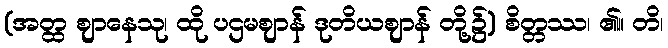
(အတ္ထ ဈာနေသု၊ ထို ပဌမဈာန် ဒုတိယဈာန် တို့၌) စိတ္တဿ၊ ၏။ တိ၊